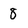
Character: 8